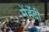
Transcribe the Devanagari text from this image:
मेंहँदी